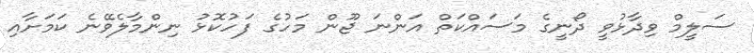
ސަލީމް ވިދާޅުވީ ދޯނީގެ މަސައްކަތް އަންނަ ޖޫން މަހުގެ ފަހުކޮޅު ނިންމާލެވޭނެ ކަމަށާއި